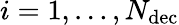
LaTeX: i=1,\dots,N_{\mathrm{dec}}